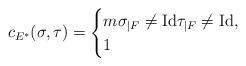
LaTeX: \begin{align*} c_{E^*}(\sigma,\tau)= \begin{cases} m \sigma_{|F}\neq \mathrm{Id} \tau_{|F}\neq \mathrm{Id},\\ 1 \end{cases} \end{align*}